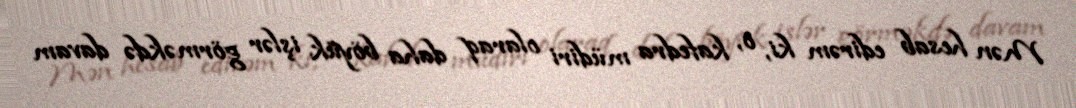
Mən hesab edirəm ki, o, kafedra müdiri olaraq daha böyük işlər görməkdə davam